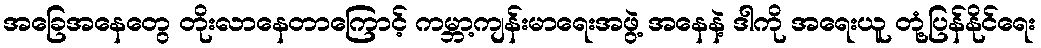
အခြေအနေတွေ တိုးလာနေတာကြောင့် ကမ္ဘာ့ကျန်းမာရေးအဖွဲ့ အနေနဲ့ ဒါကို အရေးယူ တုံ့ပြန်နိုင်ရေး